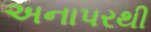
અનાપરથી